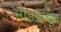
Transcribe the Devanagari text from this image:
नोडपासून